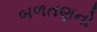
બળતણનો